Sanitation, dispensaries and jails vaccination Rajputana 1922-1927 - 1922-1927
Year: 1922
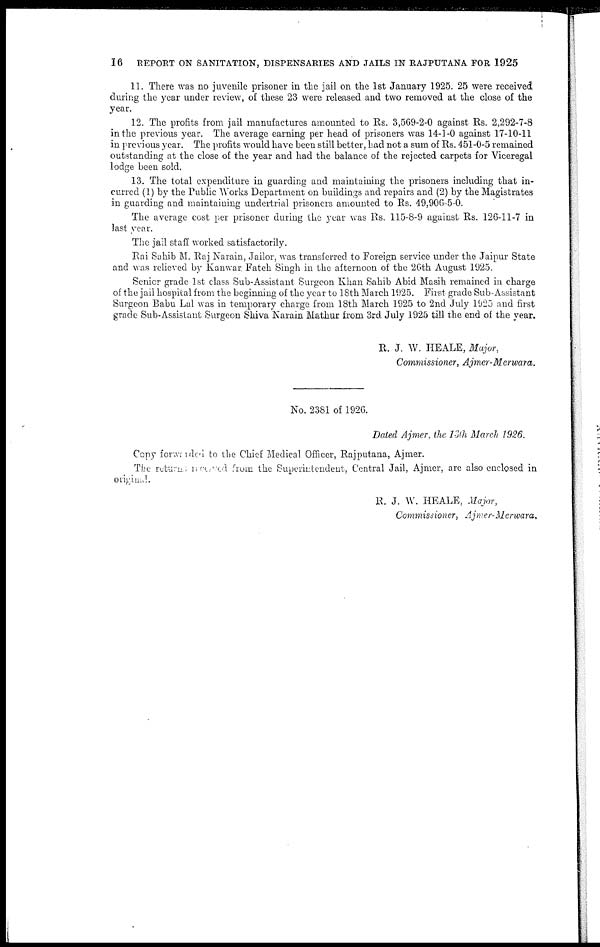
16
REPORT ON SANITATION, DISPENSARIES AND JAILS IN RAJPUTANA FOR 1925
11. There was no juvenile prisoner in the jail on the 1st January 1925. 25 were received
during the year under review, of these 23 were released and two removed at the close of the
year.
12. The profits from jail manufactures amounted to Rs. 3,569-2-0 against Rs. 2,292-7-8
in the previous year. The average earning per head of prisoners was 14-1-0 against 17-10-11
in previous year. The profits would have been still better, had not a sum of Rs. 451-0-5 remained
outstanding at the close of the year and had the balance of the rejected carpets for Viceregal
lodge been sold.
13. The total expenditure in guarding and maintaining the prisoners including that in-
curred (1) by the Public Works Department on buildings and repairs and (2) by the Magistrates
in guarding and maintaining undertrial prisoners amounted to Rs. 49,906-5-0.
The average cost per prisoner during the year was Rs. 115-8-9 against Rs. 126-11-7 in
last year.
The jail staff worked satisfactorily.
Rai Sahib M. Raj Narain, Jailor, was transferred to Foreign service under the Jaipur State
and was relieved by Kanwar. Fatch Singh in the afternoon of the 26th August 1925.
Senior grade 1st class Sub-Assistant Surgeon Khan Sahib Abid Masih remained in charge
of the jail hospital from the beginning of the year to 18th March 1925. First grade Sub-Assistant
Surgeon Babu Lal was in temporary charge from 18th March 1925 to 2nd July 1925 and first
grade Sub-Assistant Surgeon Shiva Narain Mathur from 3rd July 1925 till the end of the year.
R. J. W. HEALE, Major,
Commissioner, Ajmer-Merwara.
No. 2381 of 1926.
Dated Ajmer, the 13th March 1926.
Copy forwarded to the Chief Medical Officer, Rajputana, Ajmer.
The returns received from the Superintendent, Central Jail, Ajmer, are also enclosed in
origined.
R. J. W. HEALE, Major,
Commissioner, Ajmer-Merwara.